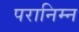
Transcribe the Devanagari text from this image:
परानिम्न